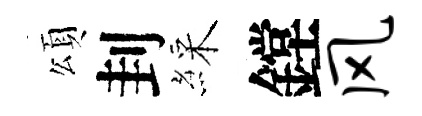
頌刲綵鏜风